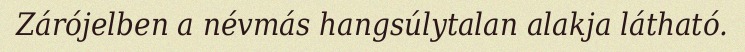
Zárójelben a névmás hangsúlytalan alakja látható.